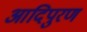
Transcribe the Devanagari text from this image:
आदिपुरण